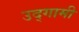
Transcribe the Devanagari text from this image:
उद्‌गामी